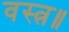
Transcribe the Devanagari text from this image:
वस्त्र॥